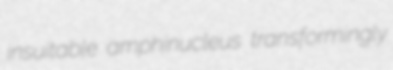
insuitable amphinucleus transformingly